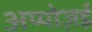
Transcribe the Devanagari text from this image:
अप्पोज़ई